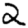
Digit: 2